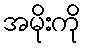
အမိုးကို